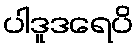
ပါဒူဒရေပိ